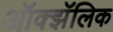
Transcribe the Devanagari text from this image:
ऑक्झॅलिक